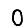
Digit: 0